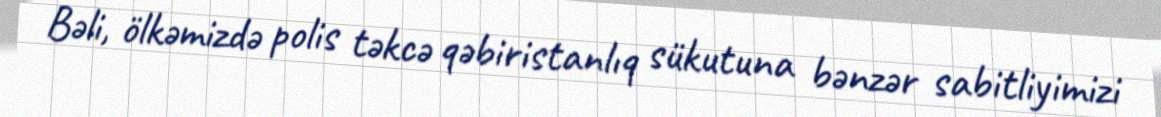
Bəli, ölkəmizdə polis təkcə qəbiristanlıq sükutuna bənzər sabitliyimizi